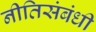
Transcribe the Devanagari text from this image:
नीतिसंबंधी